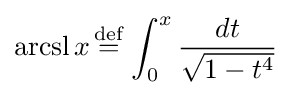
\operatorname {arcsl} x{\stackrel {\text{def}}{{}={}}}\int _{0}^{x}{\frac {dt}{\sqrt {1-t^{4}}}}